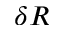
\delta R